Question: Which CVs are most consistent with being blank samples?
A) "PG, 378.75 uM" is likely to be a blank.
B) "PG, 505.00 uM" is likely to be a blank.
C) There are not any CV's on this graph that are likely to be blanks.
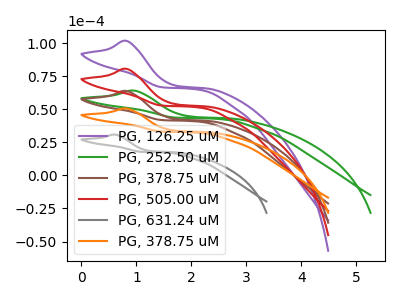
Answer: <think>The purple curve "PG, 126.25 uM" has an anodic peak at: (0.85V, 191.25uA). The green curve "PG, 252.50 uM" has an anodic peak at: (0.95V, 64.00uA). The brown curve "PG, 378.75 uM" has an anodic peak at: (0.85V, 63.75uA). The red curve "PG, 505.00 uM" has an anodic peak at: (0.85V, 127.50uA). The gray curve "PG, 631.24 uM" has an anodic peak at: (0.60V, 30.80uA). The orange curve "PG, 378.75 uM" has an anodic peak at: (0.85V, 50.50uA).</think>
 <answer>C) There are not any CV's on this graph that are likely to be blanks.</answer>
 <eval>C</eval>